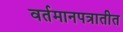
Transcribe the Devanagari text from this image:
वर्तमानपत्रातीत